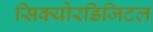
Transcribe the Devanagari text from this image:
सिक्योरडिजिटल